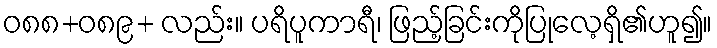
ဝ၈၈+၀၈၉+ လည်း။ ပရိပူကာရီ၊ ဖြည့်ခြင်းကိုပြုလေ့ရှိ၏ဟူ၍။